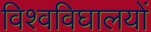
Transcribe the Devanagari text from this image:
विश्वविघालयों